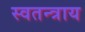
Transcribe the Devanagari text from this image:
स्वतन्त्राय